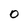
Character: O